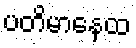
ပတိမာနေထ